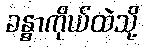
ခန္ဓာကိုယ်ထဲသို့